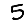
Digit: 5